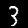
Digit: 3